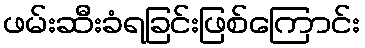
ဖမ်းဆီးခံရခြင်းဖြစ်ကြောင်း